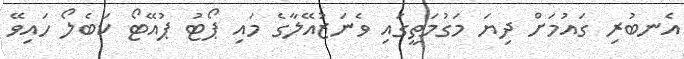
އެނބުރި ގައުމަށް ދިޔަ މަގުމަތީގައި ވެނަޒުއޭލާގެ މައި ޕޯޓު ޕުއޭޓޯ ކަބެލޯ ހައިވޭ